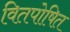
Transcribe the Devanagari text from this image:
वितपोषित